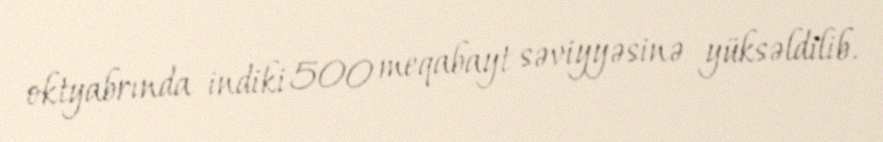
oktyabrında indiki 500 meqabayt səviyyəsinə yüksəldilib.